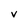
Character: v